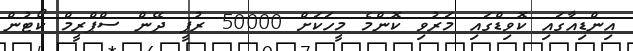
އިންޑިއާގައި ކޮވިޑްގައި މަރުވި ކޮންމެ މީހަކަށް 50000 ރުޕީ ދޭން ސްޕްރީމް ކޯޓުން